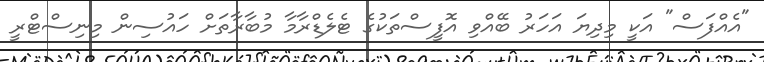
"އެއްފަސް" އަކީ މިދިޔަ އަހަރު ބޭއްވި އޮފީސްތަކުގެ ޓެލެޑްރާމާ މުބާރާތަށް ހައުސިން މިނިސްޓްރީ